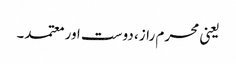
یعنی محرم راز، دوست اور معتمد۔